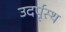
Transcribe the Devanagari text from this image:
उदर्पृस्थ